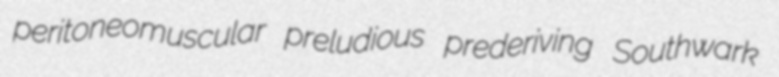
peritoneomuscular preludious prederiving Southwark